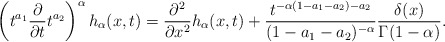
\begin{align*}\left(t^{a_1}\frac{\partial}{\partial t}t^{a_2}\right)^{\alpha} h_{\alpha}(x,t)= \frac{\partial^2}{\partial x^2}h_{\alpha}(x,t)+\frac{t^{-\alpha(1-a_1-a_2)-a_2}}{(1-a_1-a_2)^{-\alpha}} \frac{\delta(x)}{\Gamma(1-\alpha)}.\end{align*}